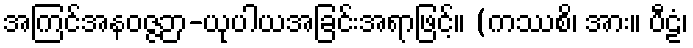
အကြင်အနဝဇ္ဇဉာ-ယုပါယအခြင်းအရာဖြင့်။ (ကဿစိ၊ အား။ ပီဠံ၊